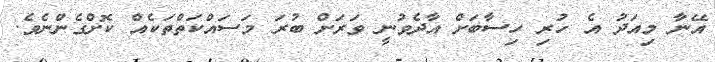
އޭނާ މިއަދު އެ ހުރި ހިސާބަށް އާދެވުނީ ވަރަށް ބުރަ މަސައްކަތްތަކެއް ކޮށްގެންނެވެ.